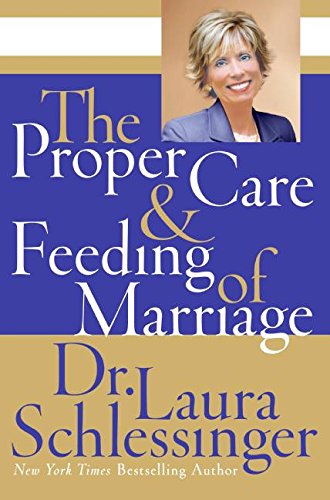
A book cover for The Proper Care & Feeding of Marriage; Dr. Laura Schlessinger; Parenting & Relationships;